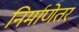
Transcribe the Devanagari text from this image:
निर्माणेतर